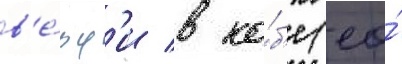
в'е́рф'и в ко́б'е (ео́